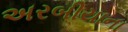
અરબીયાના